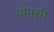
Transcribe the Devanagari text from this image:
वोफ्सी